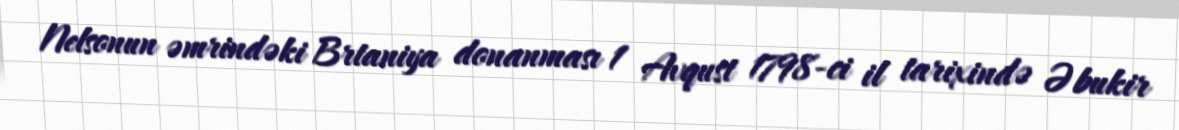
Nelsonun əmrindəki Brtaniya donanması 1 Avqust 1798-ci il tarixində Əbukir